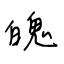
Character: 魄